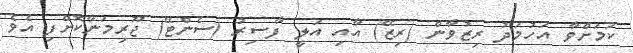
ކަމަށްވާ އަހުމަދު ރިޒުވާން (ރިޒޭ) އާއި އަލީ ފާސިރު (ސެންޓޭ) ޖޫރިމަނާކޮށްފި އެވެ